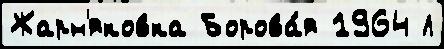
Жарн'яковка Борова́я 1964 Л